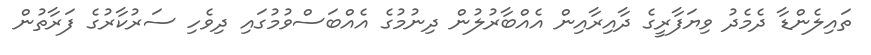
ތައިލެންޑާ ދެމެދު ވިޔަފާރީގެ ދާއިރާއިން އެއްބާރުލުން ދިނުމުގެ އެއްބަސްވުމުގައި ދިވެހި ސަރުކާރުގެ ފަރާތުން